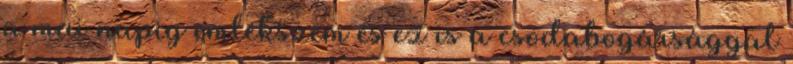
a mai napig emlékszem és ez is a csodabogársággal